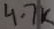
Text: 4.7k